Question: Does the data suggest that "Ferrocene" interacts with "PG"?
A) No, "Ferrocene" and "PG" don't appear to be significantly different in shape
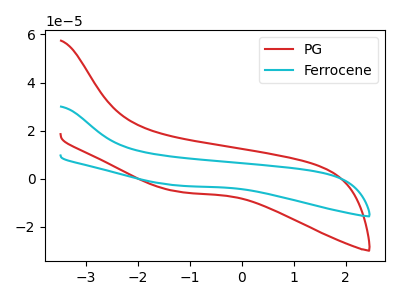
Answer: <think>The red curve "PG" has no peaks. The cyan curve "Ferrocene" has no peaks.
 Neither "Ferrocene" or "PG" have any peaks.</think>
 <answer>A) No, "Ferrocene" and "PG" don't appear to be significantly different in shape</answer>
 <eval>A</eval>